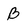
Character: B